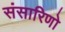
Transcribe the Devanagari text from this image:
संसारिणो